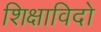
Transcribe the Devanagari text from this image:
शिक्षाविदो